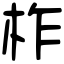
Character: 柞